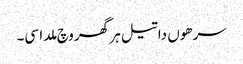
سرھوں دا تیل ہر گھر وچ ملدا سی۔